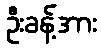
ဦးခန့်အား